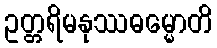
ဥတ္တရိမနုဿဓမ္မောတိ